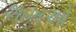
શાખઓ